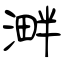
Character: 溿